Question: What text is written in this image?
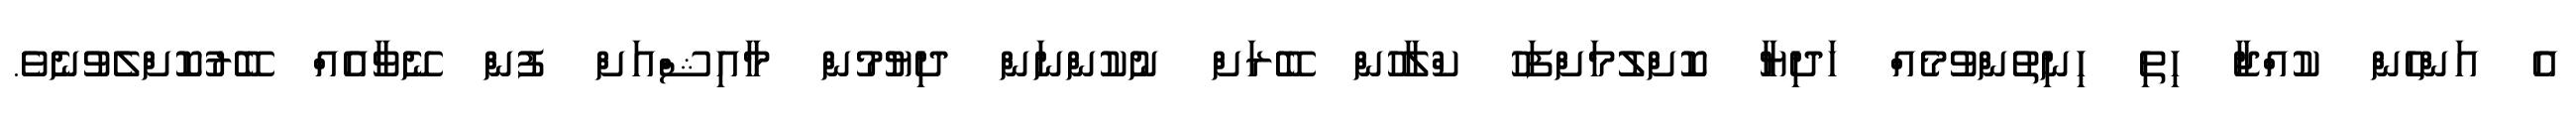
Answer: އެ އަންހެން ކުއްޖާ ހިތި ހިނިތުންވުމެއް ހަދިޔާ ކޮށްލުމަށްފަހު ކްލާހުން ބޭރަށް ނުކުންނަން ދިޔުމުން މާއިޝްއަށް ފުން ނޭވާއެއް ބޭރުކޮށްލެވުނެވެ.